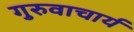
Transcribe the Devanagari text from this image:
गुरुवाचार्य